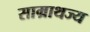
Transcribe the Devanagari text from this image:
साम्राथज्य